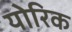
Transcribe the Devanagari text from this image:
योरिक